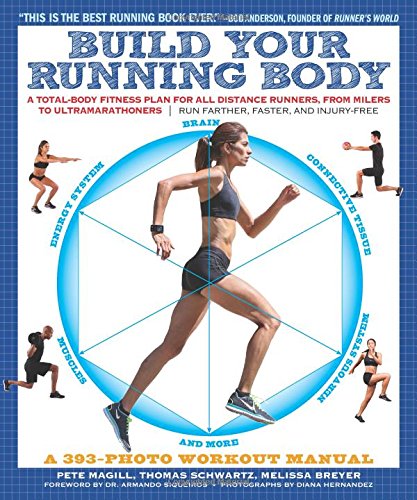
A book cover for Build Your Running Body: A Total-Body Fitness Plan for All Distance Runners, from Milers to UltramarathonersRun Farther, Faster, and Injury-Free; Pete Magill; Health, Fitness & Dieting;